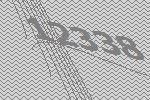
12338